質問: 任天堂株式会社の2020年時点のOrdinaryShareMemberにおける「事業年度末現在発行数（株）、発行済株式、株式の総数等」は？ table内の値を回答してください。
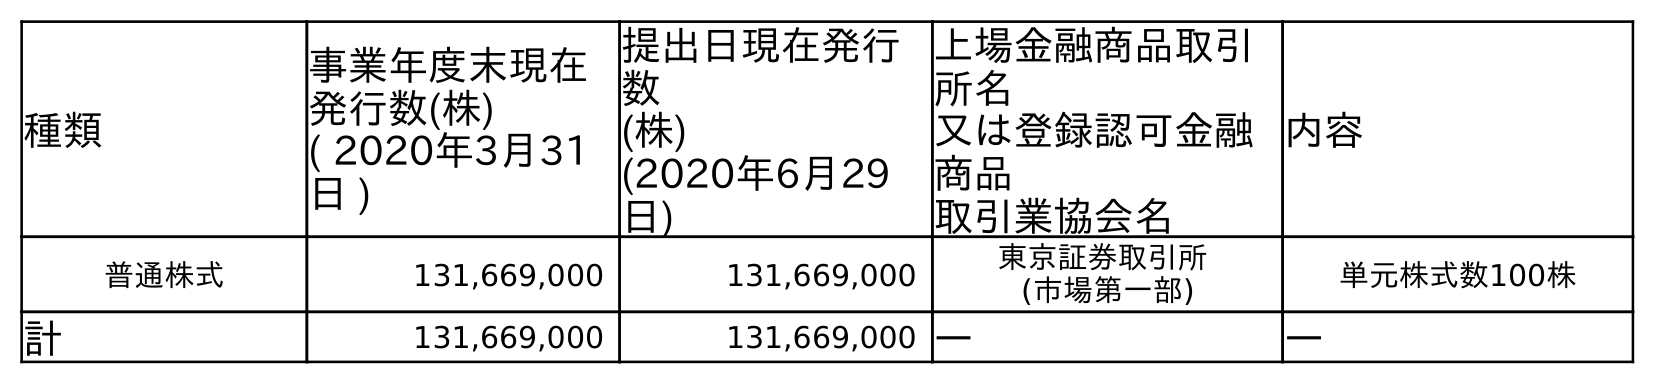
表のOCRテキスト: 種類 事業年度末現在 発行数(株) ( 2020年3月31 日 ) 提出日現在発行 数 (株) (2020年6月29 日) 上場金融商品取引 所名 又は登録認可金融 商品 取引業協会名 内容 普通株式 131,669,000 131,669,000 東京証券取引所 (市場第一部) 単元株式数100株 計 131,669,000 131,669,000 ― ―
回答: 131,669,000